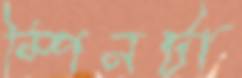
স্পিনটা